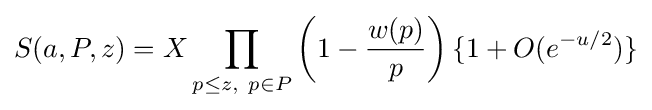
S(a,P,z)=X\prod _{p\leq z,\ p\in P}\left(1-{\frac {w(p)}{p}}\right)\{1+O(e^{-u/2})\}